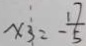
x _ { 3 } = - \frac { 1 7 } { 5 }